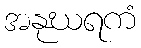
အနုဃရကံ